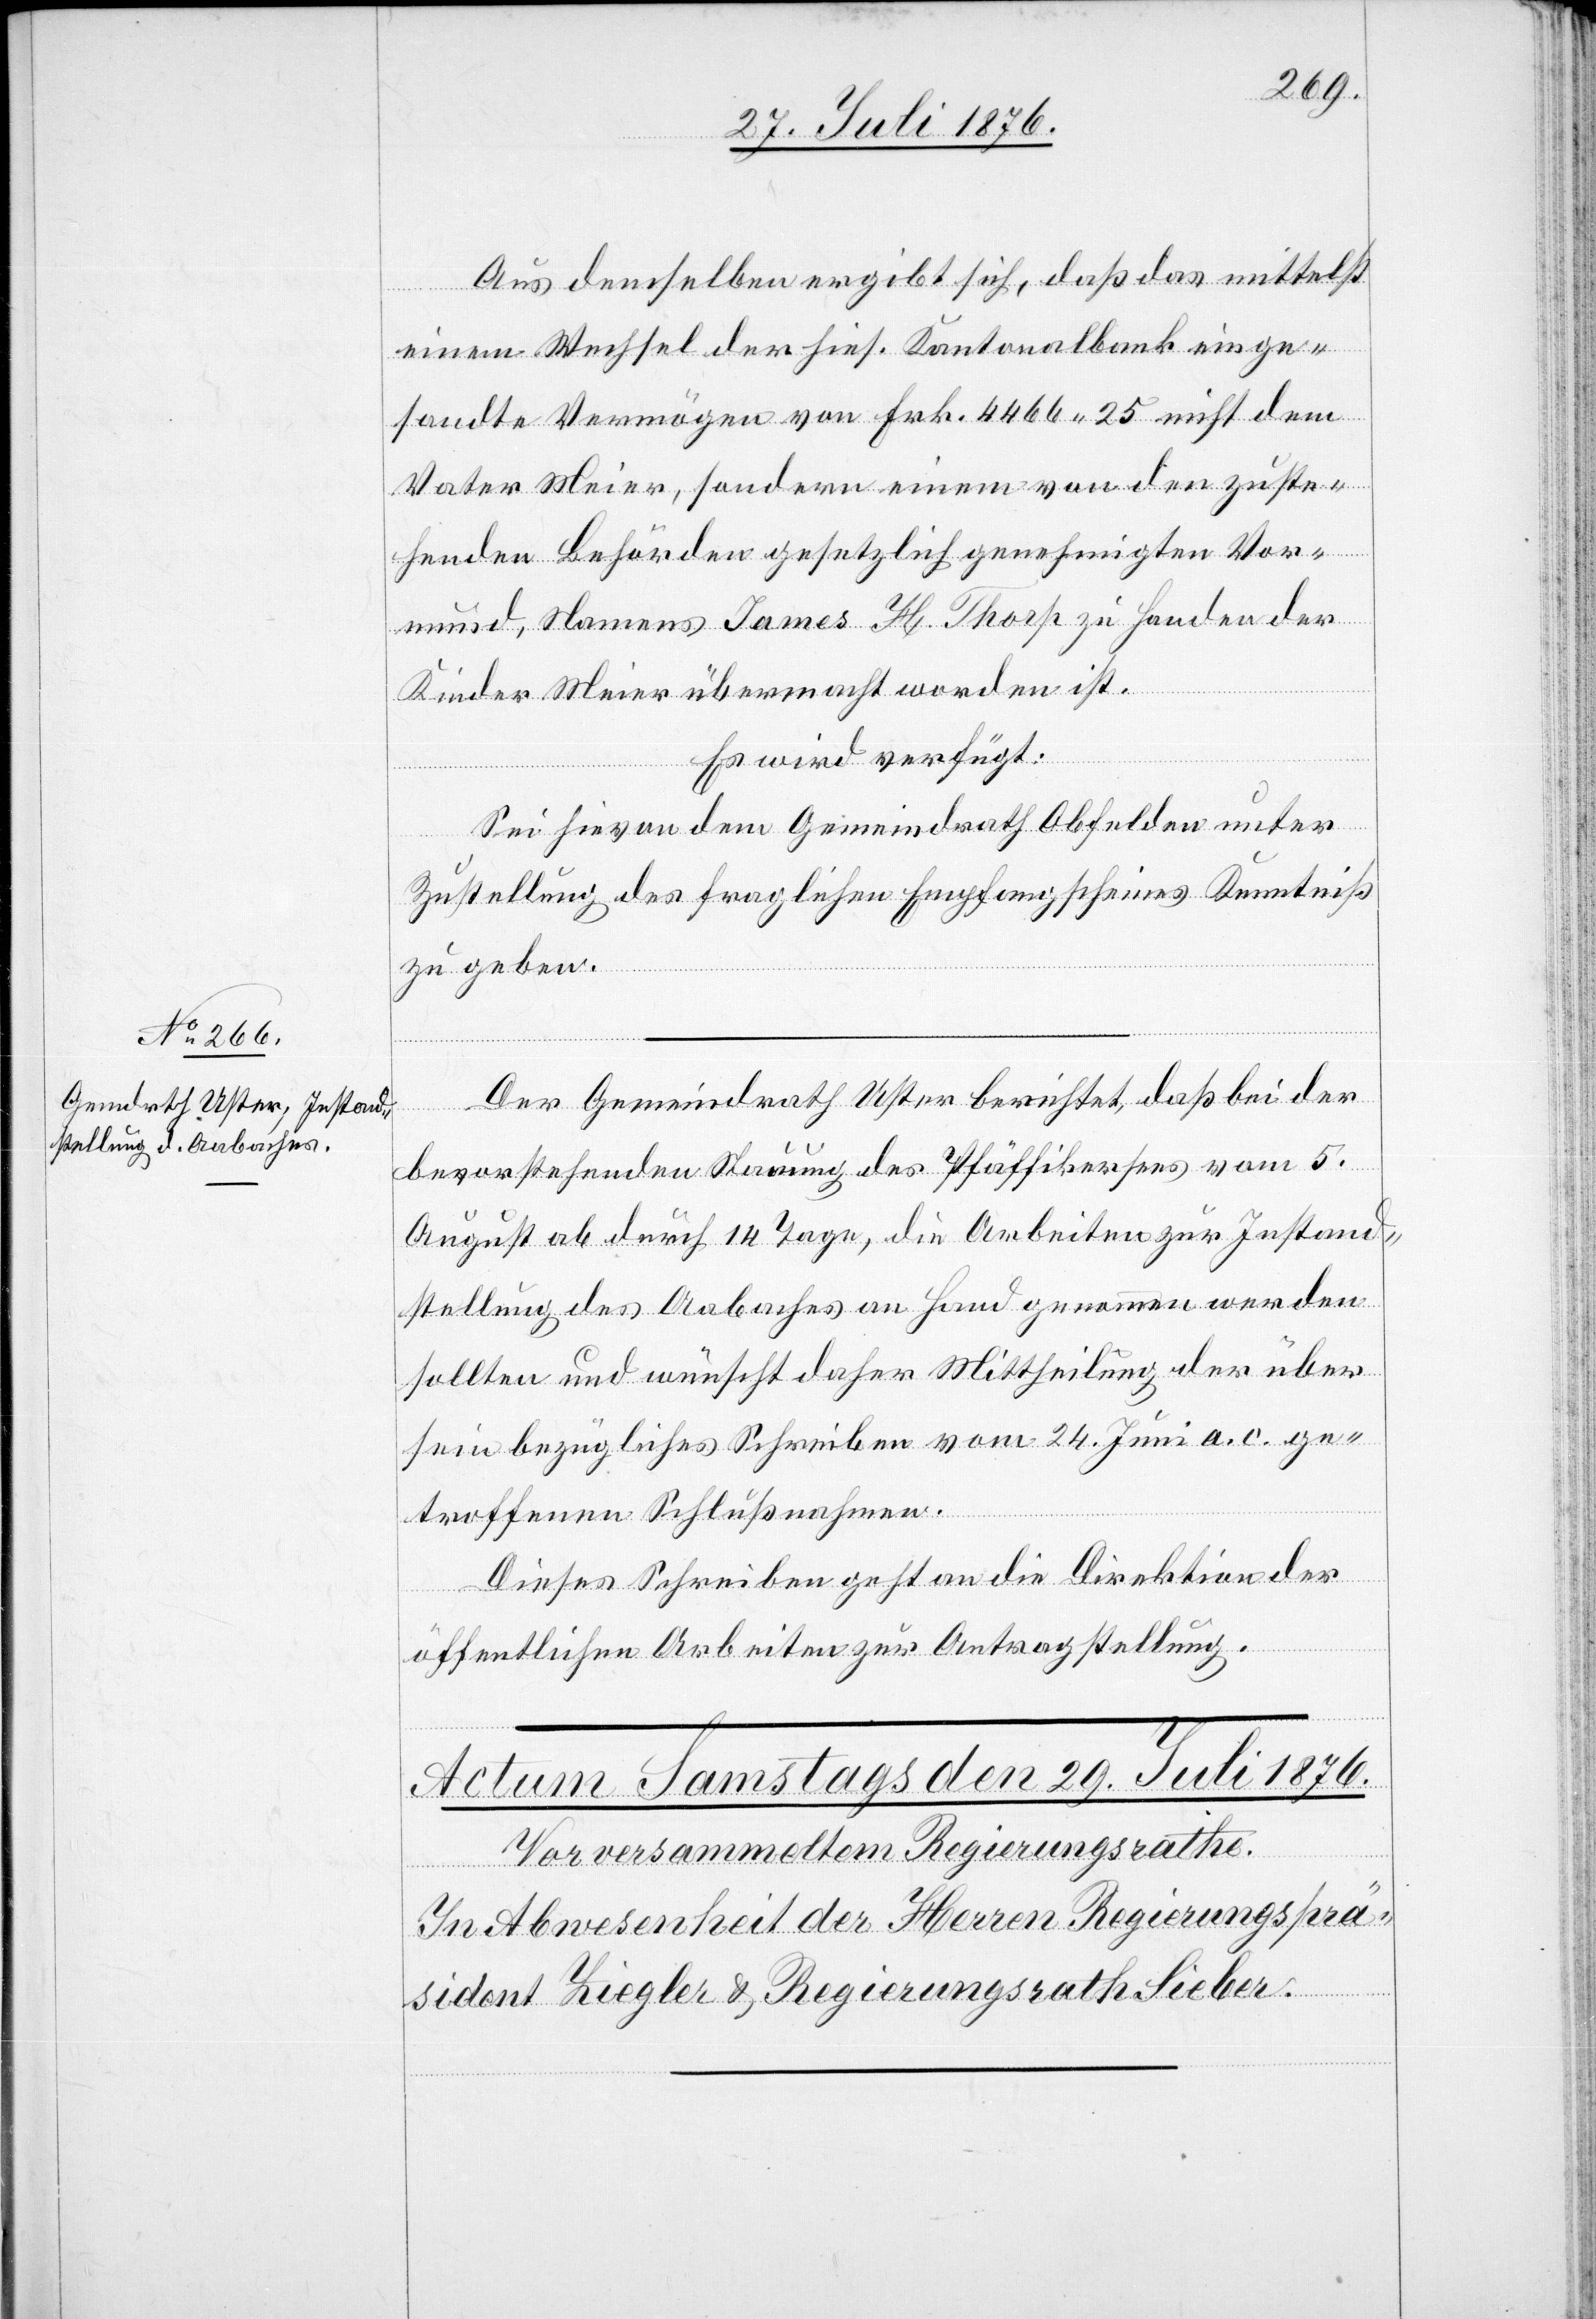
28. Juli 1876.]
Aus demselben ergibt sich, daß das mittelst
einem Wechsel der hies. Kantonalbank einge¬
sandte Vermögen von Frk. 4466 25 nicht dem
Vater Meier, sondern einem von den zuste¬
henden Behörden gesetzlich genehmigten Vor¬
mund, Namens James H. Thorp zu Handen der
Kinder Meier übermacht worden ist.
Es wird verfügt:
Sei hievon dem Gemeindrath Obfelden unter
Zustellung des fraglichen Empfangsscheines Kenntnis
zu geben.
Der Gemeindrath Uster berichtet, daß bei der
bevorstehenden Stauung des Pfäffikersees vom 5.
August ab durch 14 Tage, die Arbeiten zur Instand¬
stellung des Aabaches an Hand genommen werden
sollten und wünscht daher Mittheilung der über
sein bezügliches Schreiben vom 24. Juni a. c. ge¬
troffenen Schlußnahmen.
Dieses Schreiben geht an die Direktion der
öffentlichen Arbeiten zur Antragstellung.